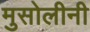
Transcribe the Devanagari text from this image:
मुसोलीनी